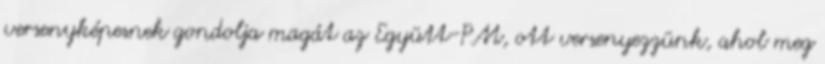
versenyképesnek gondolja magát az Együtt-PM, ott versenyezzünk, ahol meg